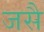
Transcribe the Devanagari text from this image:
जसै